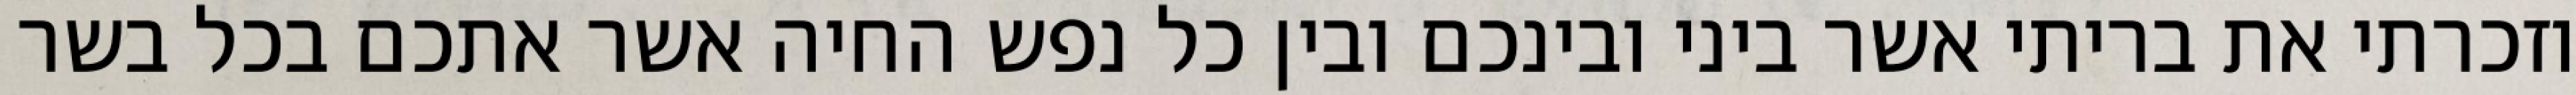
וזכרתי את בריתי אשר ביני ובינכם ובין כל נפש החיה אשר אתכם בכל בשר